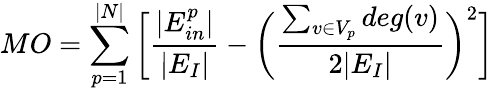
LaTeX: MO=\sum_{p=1}^{|N|}\bigg[\frac{|E_{in}^{p}|}{|E_{I}|}-\bigg(\frac{\sum_{v\in V_{p}}deg(v)}{2|E_{I}|}\bigg)^{2}\bigg]